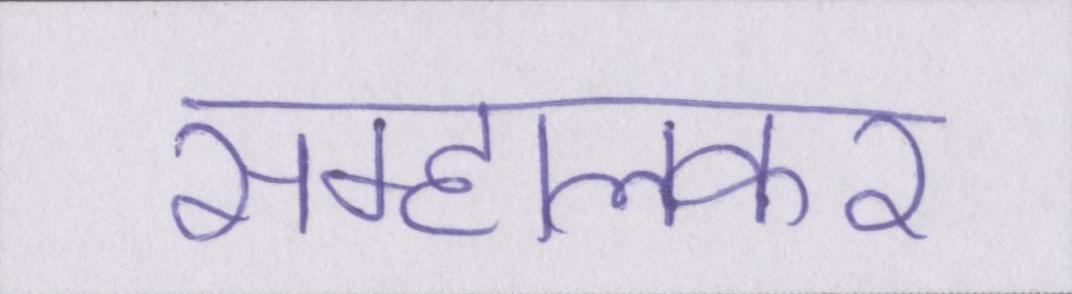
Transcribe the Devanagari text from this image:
सम्हालकर